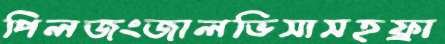
পিলজংজালভিসাসহফ্রা